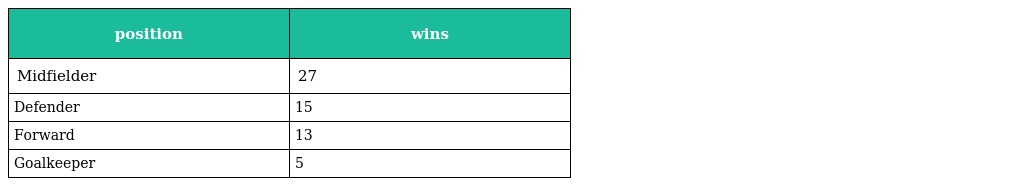
| position | wins |
 | --- | --- |
 | Midfielder | 27 |
 | Defender | 15 |
 | Forward | 13 |
 | Goalkeeper | 5 |